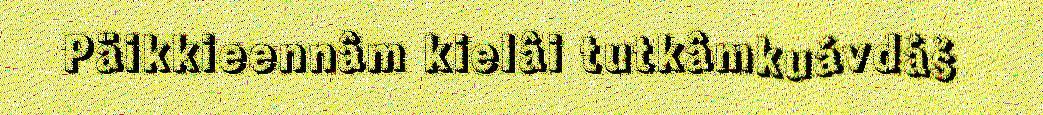
Päikkieennâm kielâi tutkâmkuávdáš